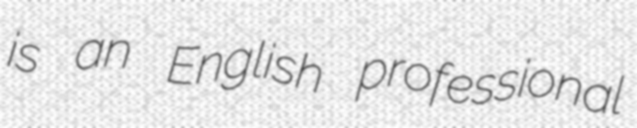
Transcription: is an English professional